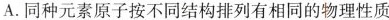
A.同种元素原子按不同结构排列有相同的物理性质